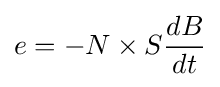
e=-N\times S{\frac {dB}{dt}}